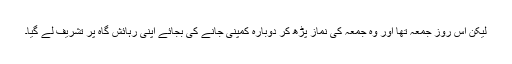
لیکن اس روز جمعہّ تھا اور وہ جمعہّ کی نماز پڑھ کر دوبارہ کمپنی جانے کی بجائے اپنی رہائش گاہ پر تشریف لے گیا۔